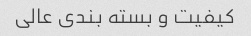
کیفیت و بسته بندى عالى